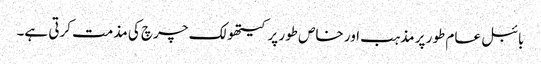
بائبل عام طور پر مذہب اور خاص طور پر کیتھولک چرچ کی مذمت کرتی ہے۔